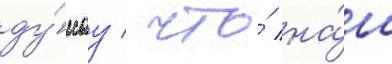
ду́мау / что́ на́ш